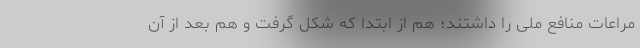
مراعات منافع ملی را داشتند؛ هم از ابتدا که شکل گرفت و هم بعد از آن